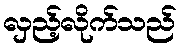
လှည့်လိုက်သည်